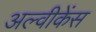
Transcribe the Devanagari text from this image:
अल्वीकेंस